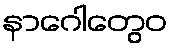
နာဂေါတွေဝ